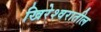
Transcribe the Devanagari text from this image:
खिरेश्वरातील